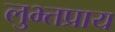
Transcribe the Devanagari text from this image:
लुभ्तप्राय